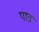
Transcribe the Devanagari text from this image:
पात्रं